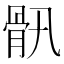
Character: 𩨖